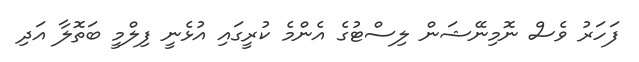
ފަހަރު ވެސް ނޮމިނޭޝަން ލިސްޓުގެ އެންމެ ކުރީގައި އުޅެނީ ފިލްމީ ބަތޮލާ އަދި